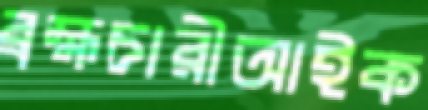
ব্রহ্মচারীআইক